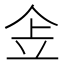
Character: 𠈔